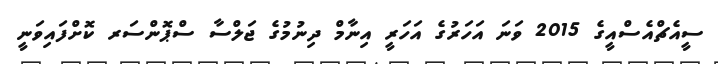
ސީއެޗްއެސްއީގެ 2015 ވަނަ އަހަރުގެ އަހަރީ އިނާމް ދިނުމުގެ ޖަލްސާ ސްޕޮންސަރ ކޮށްފައިވަނީ